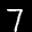
Digit: 7